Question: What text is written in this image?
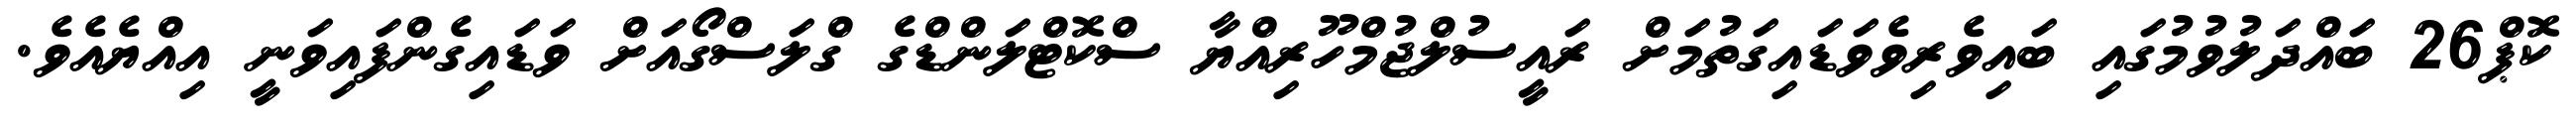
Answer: ކޮޕް26 ބައްދަލުވުމުގައި ބައިވެރިވެވަޑައިގަތުމަށް ރައީސުލްޖުމްހޫރިއްޔާ ސްކޮޓްލަންޑްގެ ގްލަސްގޯއަށް ވަޑައިގެންފައިވަނީ އިއްޔެއެވެ.